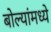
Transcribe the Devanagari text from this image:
बोल्यांमध्ये